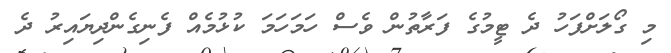
މި ގޯލަށްފަހު ދެ ޓީމުގެ ފަރާތުން ވެސް ހަމަހަމަ ކުޅުމެއް ފެނިގެންދިޔައިރު ދެ